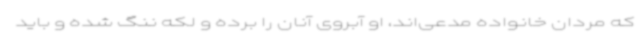
که مردان خانواده مدعی‌اند، او آبروی آنان را برده و لکه ننگ شده و باید